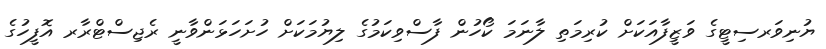
ޔުނިވަރސިޓީގެ ވަޒީފާއަކަށް ކުރިމަތި ލާނަމަ ކޯހުން ފާސްވިކަމުގެ ލިޔުމަކަށް ހުށަހަޅަންވާނީ ރެޖިސްޓްރާރ އޮފީހުގެ